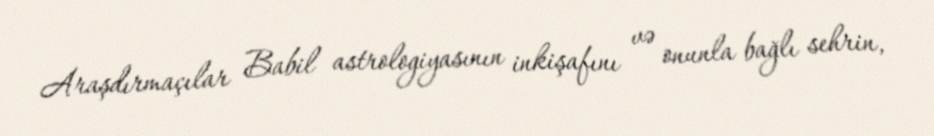
Araşdırmaçılar Babil astrologiyasının inkişafını və onunla bağlı sehrin,